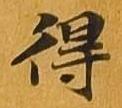
得